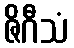
ဇိဂီသံ